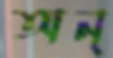
অন্